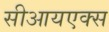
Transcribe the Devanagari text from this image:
सीआयएक्स